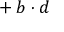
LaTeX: { } + b \cdot d